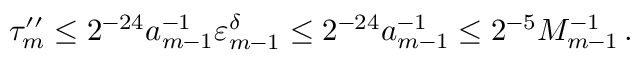
\begin{array} { r } { \tau _ { m } ^ { \prime \prime } \leq 2 ^ { - 2 4 } a _ { m - 1 } ^ { - 1 } \varepsilon _ { m - 1 } ^ { \delta } \leq 2 ^ { - 2 4 } a _ { m - 1 } ^ { - 1 } \leq 2 ^ { - 5 } M _ { m - 1 } ^ { - 1 } \, . } \end{array}